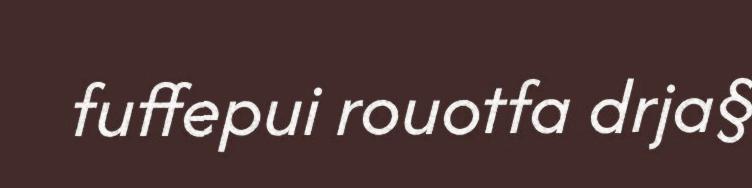
fuffepui rouotfa drja§